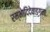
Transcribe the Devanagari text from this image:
रम्भादिदेवाङ्गनाः